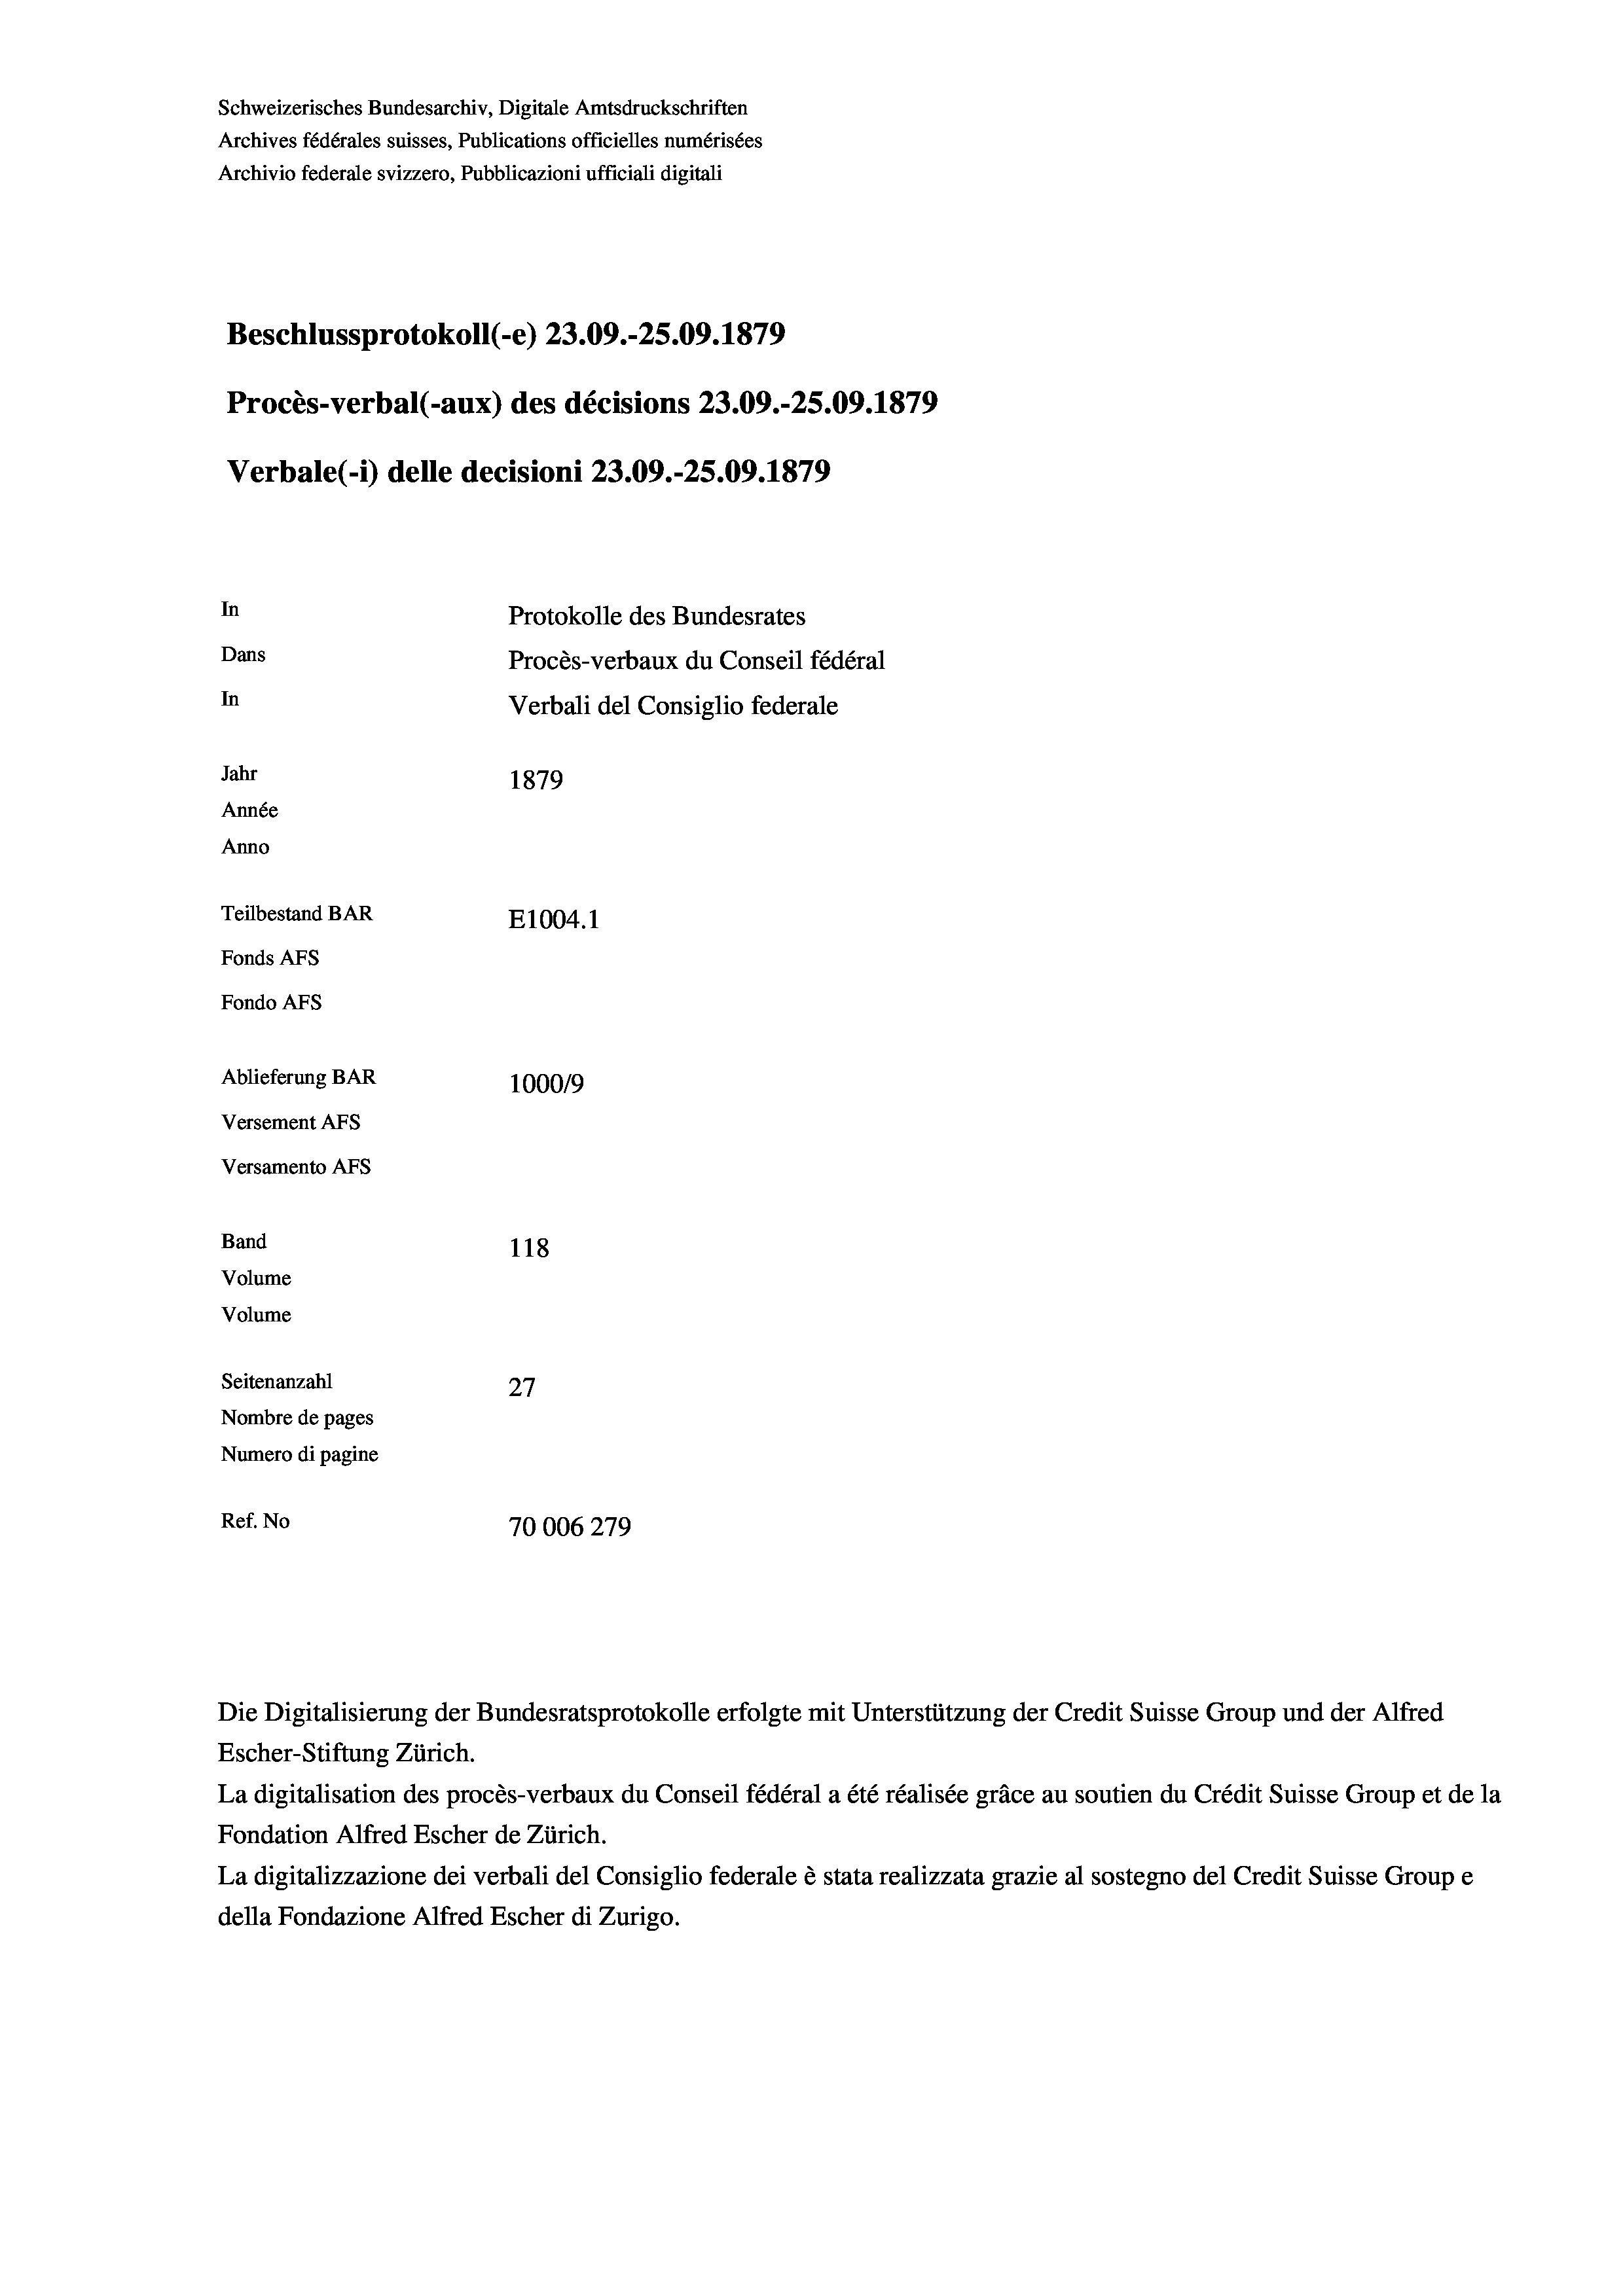
Schweizerisches Bundesarchiv, Digitale Amtsdruckschriften
Archives fédérales suisses, Publications officielles numérisées
Archivio federale svizzero, Pubblicazioni ufficiali digitali
Beschlussprotokoll (-e) 23.09.-25.09. 1879
Procès-verbal (-aux) des décisions 23.09.-25.09. 1879
Verbale (i) delle decisioni 23.09.-25.09. 1879
In
Protokolle des Bundesrates
Dans
Procès-verbaux du Conseil fédéral
In
Verbali del Consiglio federale
Jahr
1879
Année
Anno
Teilbestand BAR
E1004.1
Fonds Afs
Fondo Afs
Ablieferung BAR
100019
Versement AFs
Versamento Afs
Band
118
Volume
Volume
Seitenanzahl
27
Nombre de pages
Numero di pagine
Ref. No
70006279

Die Digitalisierung der Bundesratsprotokolle erfolgte mit Unterstützung der Credit Suisse Group und der Alfred

Escher-Stiftung Zürich.
La digitalisation des procès-verbaux du Conseil fédéral a été réalisée gräce au soutien du Crédit Suisse Group et de la
Fondation Alfred Escher de Zürich.
La digitalizzazione dei verbali del Consiglio federale è stata realizzata grazie al sostegno del Credit Suisse Groupe
della Fondazione Alfred Escher di Zurigo.